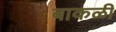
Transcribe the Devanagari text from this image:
बाकळी